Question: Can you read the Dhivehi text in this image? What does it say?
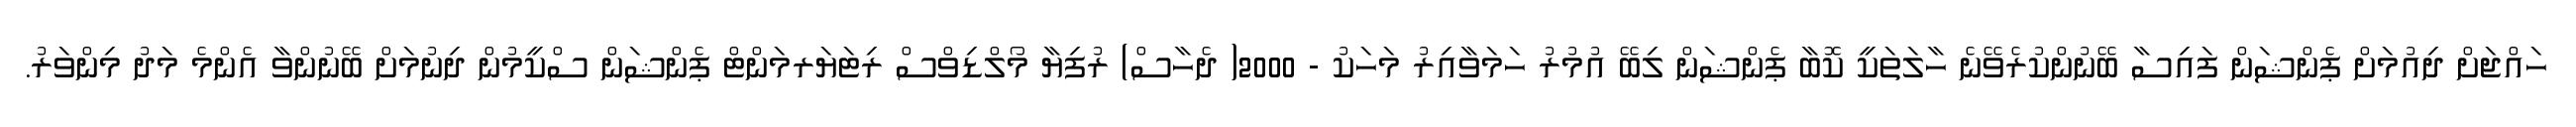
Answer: ހައްޖަށް ދިއުމަށް ޕެންޝަން ފައިސާ ބޭނުންކުރެވޭނެ ހާލަތަކީ ކޮބާ ޕެންޝަން ލިބޭ އުމުރު ހަމަވާއިރު މަހަކު - 2000( ދެހާސް) ރުފިޔާ މޯލްޑިވްސް ރިޓަޔަރމަންޓް ޕެންޝަން ސްކީމުން ދިނުމަށް ބޭނުންވާ އެންމެ މަދު މިންވަރު.